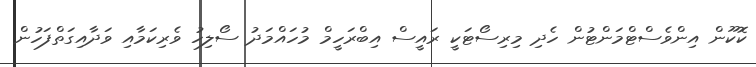
ކޮކޫން އިންވެސްޓްމަންޓުން ހެދި މިރިސޯޓަކީ ރައީސް އިބްރަހީމް މުހައްމަދު ސޯލިހު ވެރިކަމާއި ވަދާއިގަތްފަހުން